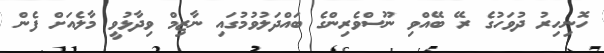
ހޮނިހިރު ދުވަހުގެ ރޭ ބޭއްވި ނޫސްވެރިންގެ ބައްދަލުވުމުގައި ނާޒިމް ވިދާޅުވީ މާލެއަށް ފެން